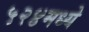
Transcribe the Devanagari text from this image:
५२४मध्ये